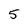
Character: 5